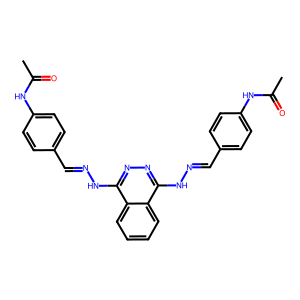
SMILES: CC(=O)Nc1ccc(C=NNc2nnc(NN=Cc3ccc(NC(C)=O)cc3)c3ccccc23)cc1
Inhibits HIV replication: No